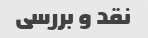
نقد و بررسی